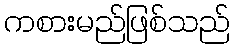
ကစားမည်ဖြစ်သည်